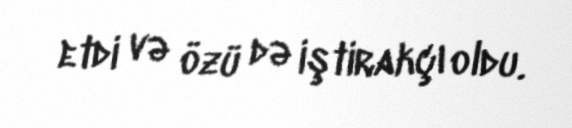
etdi və özü də iştirakçı oldu.